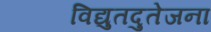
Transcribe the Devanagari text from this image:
विद्युतदुतेजना